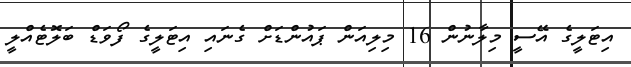
އިޓަލީގެ އޭސީ މިލާނުން 16 މިލިއަން ޕައުންޑަށް ގެނައި އިޓަލީގެ ފޯވަޑް ބަލޮޓެއްލީ